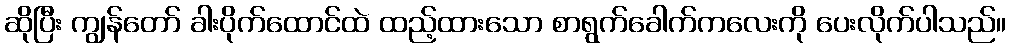
ဆိုပြီး ကျွန်တော် ခါးပိုက်ထောင်ထဲ ထည့်ထားသော စာရွက်ခေါက်ကလေးကို ပေးလိုက်ပါသည်။